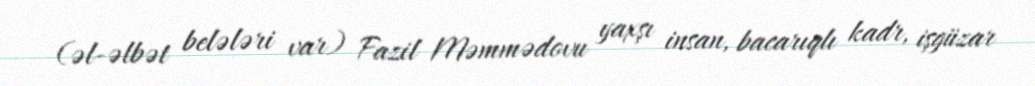
(əl-əlbət belələri var) Fazil Məmmədovu yaxşı insan, bacarıqlı kadr, işgüzar